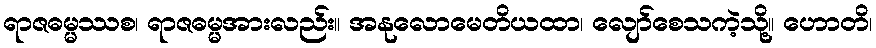
ရာဇဓမ္မဿစ၊ ရာဇဓမ္မအားလည်း။ အနုလောမေတိယထာ၊ လျော်စေသကဲ့သို့။ ဟောတိ၊